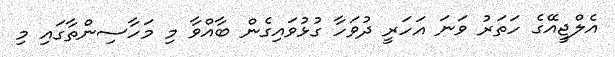
އެލްޖީއޭގެ ހަތަރު ވަނަ އަހަރީ ދުވަހާ ގުޅުވައިގެން ބާއްވާ މި މަހާސިންތާގައި މި